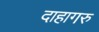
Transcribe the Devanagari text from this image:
दाहागरु